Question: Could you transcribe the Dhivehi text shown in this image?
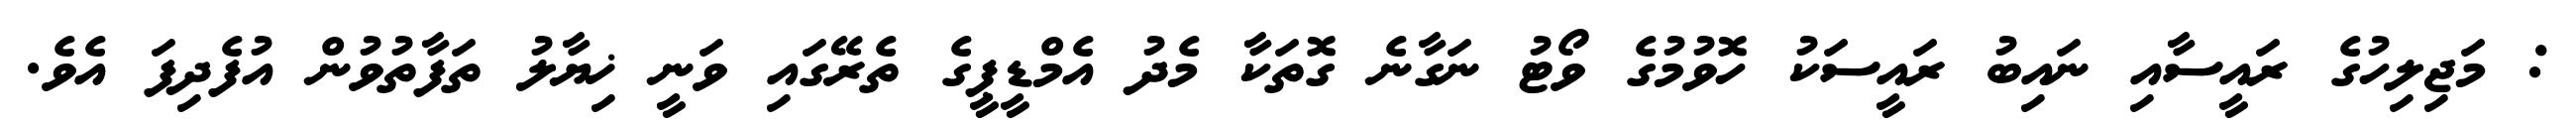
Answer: : މަޖިލިހުގެ ރައީސާއި ނައިބު ރައީސަކު ހޮވުމުގެ ވޯޓު ނަގާނެ ގޮތަކާ މެދު އެމްޑީޕީގެ ތެރޭގައި ވަނީ ޚިޔާލު ތަފާތުވުން އުފެދިފަ އެވެ.